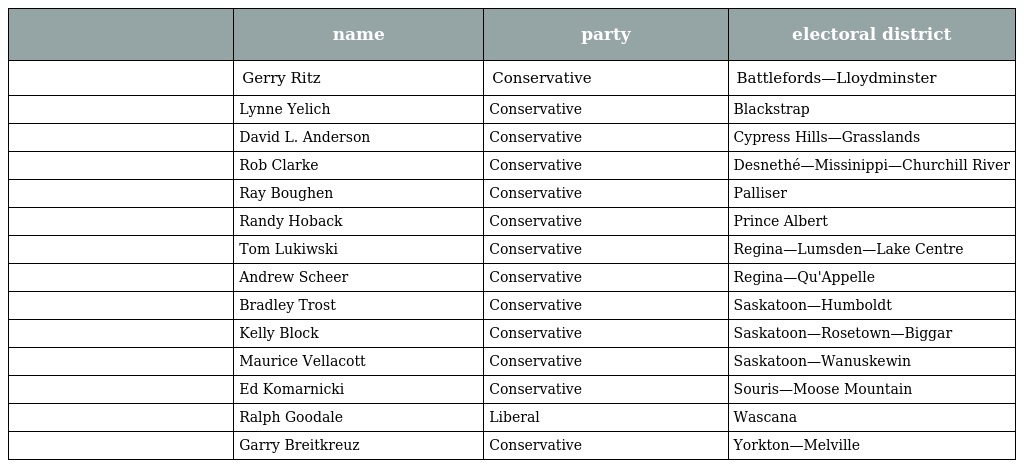
|  | name | party | electoral district |
 | --- | --- | --- | --- |
 |  | Gerry Ritz | Conservative | Battlefords—Lloydminster |
 |  | Lynne Yelich | Conservative | Blackstrap |
 |  | David L. Anderson | Conservative | Cypress Hills—Grasslands |
 |  | Rob Clarke | Conservative | Desnethé—Missinippi—Churchill River |
 |  | Ray Boughen | Conservative | Palliser |
 |  | Randy Hoback | Conservative | Prince Albert |
 |  | Tom Lukiwski | Conservative | Regina—Lumsden—Lake Centre |
 |  | Andrew Scheer | Conservative | Regina—Qu'Appelle |
 |  | Bradley Trost | Conservative | Saskatoon—Humboldt |
 |  | Kelly Block | Conservative | Saskatoon—Rosetown—Biggar |
 |  | Maurice Vellacott | Conservative | Saskatoon—Wanuskewin |
 |  | Ed Komarnicki | Conservative | Souris—Moose Mountain |
 |  | Ralph Goodale | Liberal | Wascana |
 |  | Garry Breitkreuz | Conservative | Yorkton—Melville |